King Institute of Preventive Medicine Micro-Biological Section reports 1909-11
Year: 1909
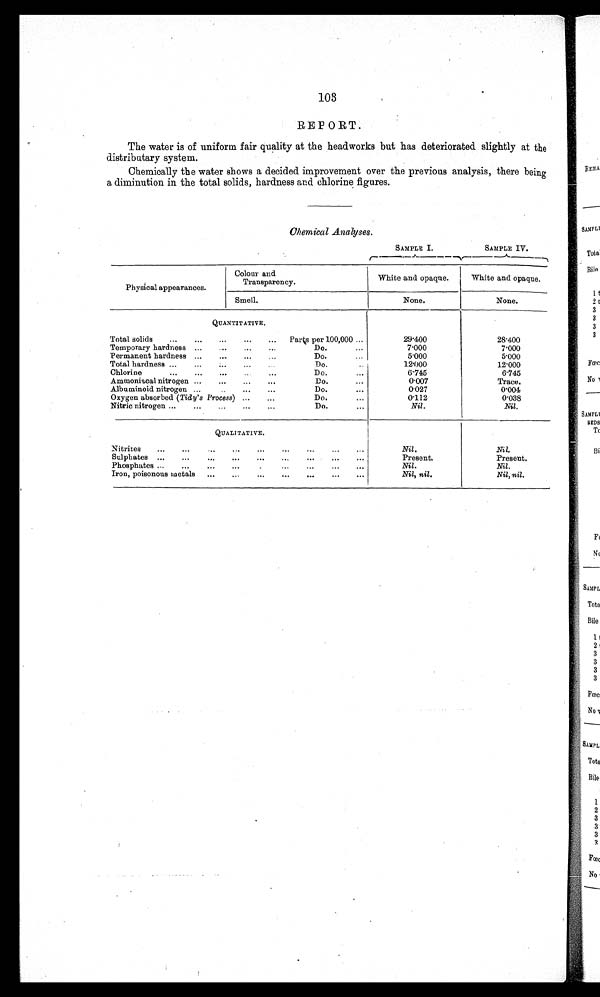
103
REPORT.
The water is of uniform fair quality at the headworks but has deteriorated slightly at the
distributary system.
Chemically the water shows a decided improvement over the previous analysis, there being
a diminution in the total solids, hardness and chlorine figures.
SAMPLE I.
SAMPLE IV.
Physical appearances.
Colour and
Transparency.
White and opaque.
White and opaque.
Smell.
None.
None.
QUANTITATIVE.
Total solids
. . .
Parts per 100,000 . . .
29.400
28.400
Temporary hardness . . .
Do.
. . .
7.000
7.000
Permanent hardness . . .
Do.
. . .
5.000
5.000
Total hardness . . .
Do. . . .
12.000
12.000
Chlorine
. . .
Do.
. . .
6.745
6.745
Ammoniacal nitrogen . . .
Do. . . .
0.007
Trace.
Albuminoid nitrogen . . .
Do. . . .
0.027
0 . 0 0 4
Oxygen absorbed (Tidy's Process) . . .
Do. . . .
0.112
0.038
Nitric nitrogen . . .
Do.
. . .
Nil.
Nil.
Q U A L I T A T I V E .
Nitrites
. . .
Nil.
Nil.
Sulphates
. . .
Present.
Present.
Phosphates . . .
Nil.
Nil.
Iron, poisonous metals
. . .
Nil, nil.
Nil, nil.